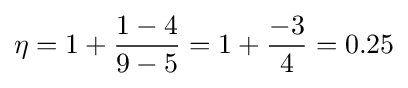
\eta =1+{\frac {1-4}{9-5}}=1+{\frac {-3}{4}}=0.25